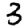
Digit: 3